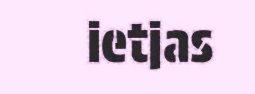
ietjas